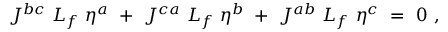
J ^ { b c } \ { \cal L } _ { f } \ \eta ^ { a } \ + \ J ^ { c a } \ { \cal L } _ { f } \ \eta ^ { b } \ + \ J ^ { a b } \ { \cal L } _ { f } \ \eta ^ { c } \ = \ 0 \ ,